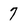
Character: 7